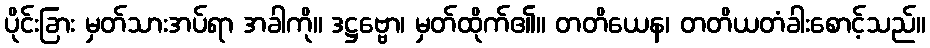
ပိုင်းခြား မှတ်သားအပ်ရာ အခါကို။ ဒဋ္ဌဗ္ဗော၊ မှတ်ထိုက်၏။ တတိယေန၊ တတိယတံခါးစောင့်သည်။